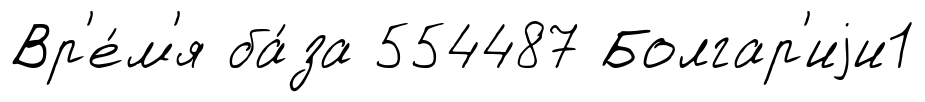
Вр'е́м'я ба́за 554487 Болгар'иjи1